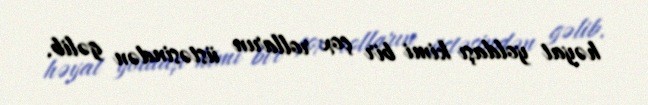
həyat yoldaşı kimi bir çox rolların üstəsindən gəlib.